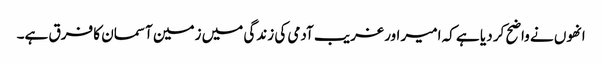
انھوں نے واضح کر دیا ہے کہ امیر اور غریب آدمی کی زندگی میں زمین آسمان کا فرق ہے۔